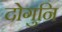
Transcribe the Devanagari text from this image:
दोगुनि